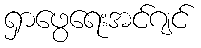
ရှာဖွေရေးအင်ဂျင်